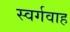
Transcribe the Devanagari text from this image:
स्वर्गवाह